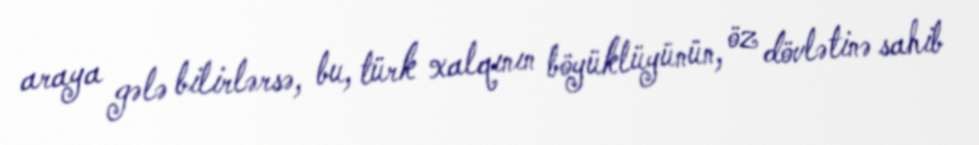
araya gələ bilirlərsə, bu, türk xalqının böyüklüyünün, öz dövlətinə sahib